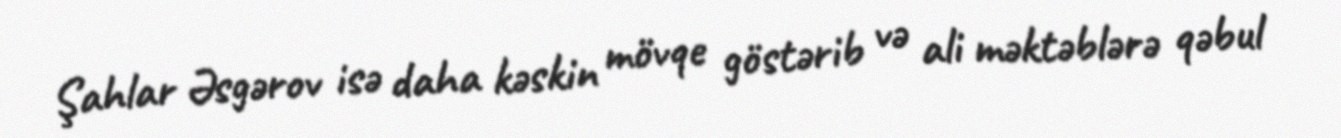
Şahlar Əsgərov isə daha kəskin mövqe göstərib və ali məktəblərə qəbul